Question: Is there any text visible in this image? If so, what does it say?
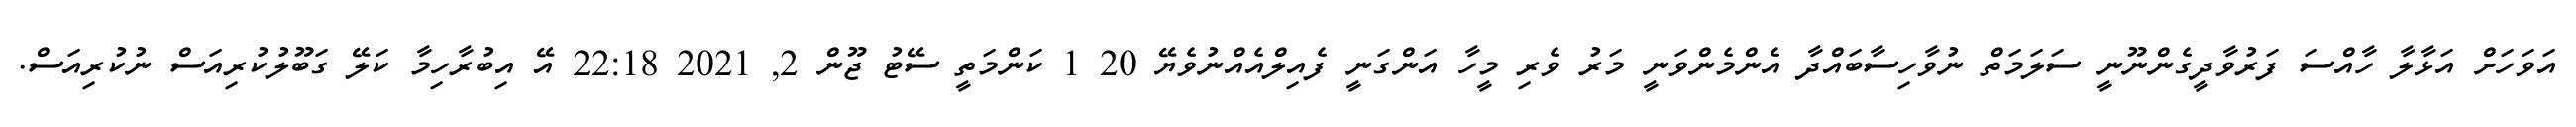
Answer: އަވަހަށް އަޅާލާ ހާއްސަ ފަރުވާދީގެންނޫނީ ސަލަމަތް ނުވާހިސާބައްދާ އެންމެންވަނީ މަރު ވެރި މީހާ އަންގަނީ ފެއިލްއެއްނުވެޔޭ 20 1 ކަންމަތީ ސޭޓު ޖޫން 2, 2021 22:18 އޭ އިބުރާހިމާ ކަލޭ ގަބޫލުކުރިއަސް ނުކުރިއަސް.